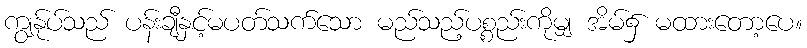
ကျွန်ုပ်သည် ပန်းချီနှင့်မပတ်သက်သော မည်သည့်ပစ္စည်းကိုမျှ အိမ်၌ မထားတော့ပေ။